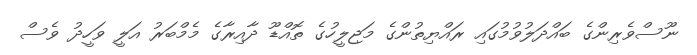
ނޫސްވެރިންގެ ބައްދަލުވުމުގައި ރައްޔިތުންގެ މަޖިލީހުގެ ތޮއްޑޫ ދާއިރާގެ މެމްބަރު އަލީ ވަހީދު ވެސް